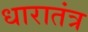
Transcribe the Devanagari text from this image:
धारातंत्र